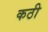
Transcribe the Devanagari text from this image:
कठी